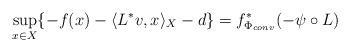
LaTeX: \begin{align*}\sup\limits_{x\in X}\{-f(x)- \langle L^* v,x\rangle_X -d \} = f^*_{\Phi_{conv}} (-\psi\circ L)\end{align*}